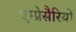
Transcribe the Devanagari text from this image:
एम्प्रेसैरियो